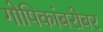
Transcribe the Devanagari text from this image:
गोपिकांबरोबर